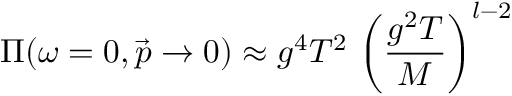
\Pi ( \omega = 0 , \vec { p } \to 0 ) \approx g ^ { 4 } T ^ { 2 } \, \left( \frac { g ^ { 2 } T } { M } \right) ^ { l - 2 }